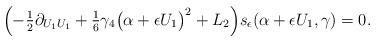
LaTeX: \begin{align*} \Big({-}\tfrac{1}{2} \partial_{U_1 U_1} + \tfrac{1}{6} \gamma_4 \big(\alpha + \epsilon U_1 \big)^2 + L_2 \Big) s_{\epsilon}(\alpha + \epsilon U_1,\gamma) = 0.\end{align*}